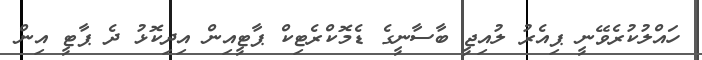
ހައްލުކުރެވޭނީ ޕިއެރު ލުއިޖީ ބާސާނީގެ ޑެމޮކްރެޓިކް ޕާޓީއިން އިދިކޮޅު ދެ ޕާޓީ އިން